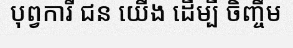
បុព្វការី ជន យើង ដើម្បី ចិញ្ចឹម